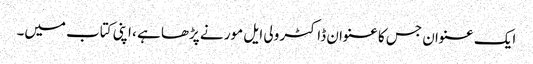
ایک عنوان جس کا عنوان ڈاکٹر ولی ایل مور نے پڑھا ہے ، اپنی کتاب میں۔